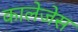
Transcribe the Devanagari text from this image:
कालेजेस